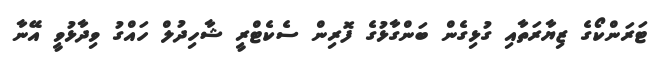
ޓަރަންކޯގެ ޒިޔާރަތާއި ގުޅިގެން ބަންގާޅުގެ ފޮރިން ސެކެޓްރީ ޝާހިދުލް ހައްގު ވިދާޅުވީ އޭނާ